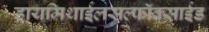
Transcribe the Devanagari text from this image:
डायमिथाईलसल्फॉक्साईड